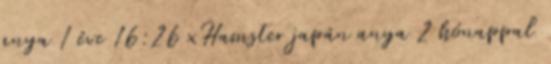
anya 1 éve 16:26 xHamster japán anya 2 hónappal